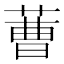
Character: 蓸